Civil Veterinary Dept. Assam report 1927-50 - 1927-1950
Year: 1927
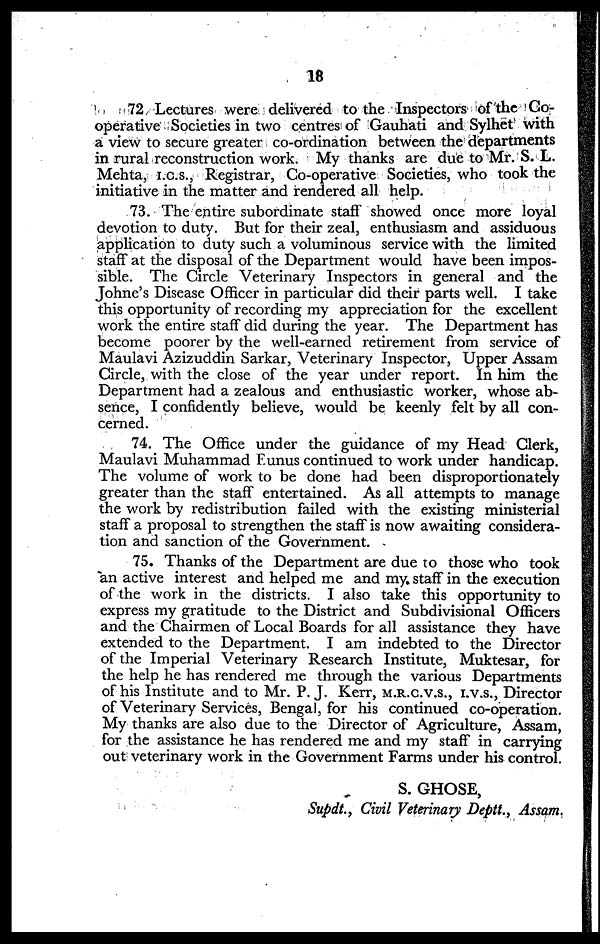
18
72 Lectures were delivered to the Inspectors of the Go-
operative Societies in two centres of Gauhati and Sylhet with
a view to secure greater co-ordination between the departments
in rural reconstruction work. My thanks are due to Mr. S. L.
Mehta, I.C.S., Registrar, Co-operative Societies, who took the
initiative in the matter and rendered all help.
73. The entire subordinate staff showed once more loyal
devotion to duty. But for their zeal, enthusiasm and assiduous
application to duty such a voluminous service with the limited
staff at the disposal of the Department would have been impos-
sible. The Circle Veterinary Inspectors in general and the
Johne's Disease Officer in particular did their parts well. I take
this opportunity of recording my appreciation for the excellent
work the entire staff did during the year. The Department has
become poorer by the well-earned retirement from service of
Maulavi Azizuddin Sarkar, Veterinary Inspector, Upper Assam
Circle, with the close of the year under report. In him the
Department had a zealous and enthusiastic worker, whose ab-
sence, I confidently believe, would be keenly felt by all con-
cerned.
74. The Office under the guidance of my Head Clerk,
Maulavi Muhammad Funus continued to work under handicap.
The volume of work to be done had been disproportionately
greater than the staff entertained. As all attempts to manage
the work by redistribution failed with the existing ministerial
staff a proposal to strengthen the staff is now awaiting considera-
tion and sanction of the Government.
75. Thanks of the Department are due to those who took
an active interest and helped me and my staff in the execution
of the work in the districts. I also take this opportunity to
express my gratitude to the District and Subdivisional Officers
and the Chairmen of Local Boards for all assistance they have
extended to the Department. I am indebted to the Director
of the Imperial Veterinary Research Institute, Muktesar, for
the help he has rendered me through the various Departments
of his Institute and to Mr. P. J. Kerr, M.R.C.V.S., I.V.S., Director
of Veterinary Services, Bengal, for his continued co-operation.
My thanks are also due to the Director of Agriculture, Assam,
for the assistance he has rendered me and my staff in carrying
out veterinary work in the Government Farms under his control.
S. GHOSE,
Supdt., Civil Veterinary Deptt., Assam.